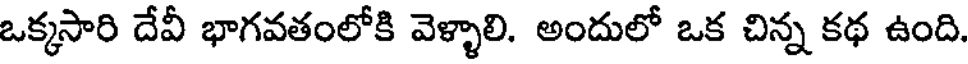
ఒక్కసారి దేవీ భాగవతంలోకి వెళ్ళాలి. అందులో ఒక చిన్న కథ ఉంది.